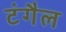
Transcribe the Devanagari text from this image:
टंगैल